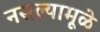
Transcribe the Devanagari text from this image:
नसल्यामूळे